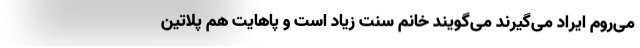
می‌روم ایراد می‌گیرند می‌گویند خانم سنت زیاد است و پاهایت هم پلاتین